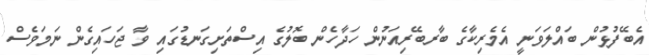
އެބޭފުޅުން ބައްލަވަނީ އެމެރިކާގެ ބާރބޭރިއަނުން ހަދާހެން ބޮލުގެ އިސްތަށިގަނޑުގައި ވާ ޖަހައިގެން ނަމަވެސް